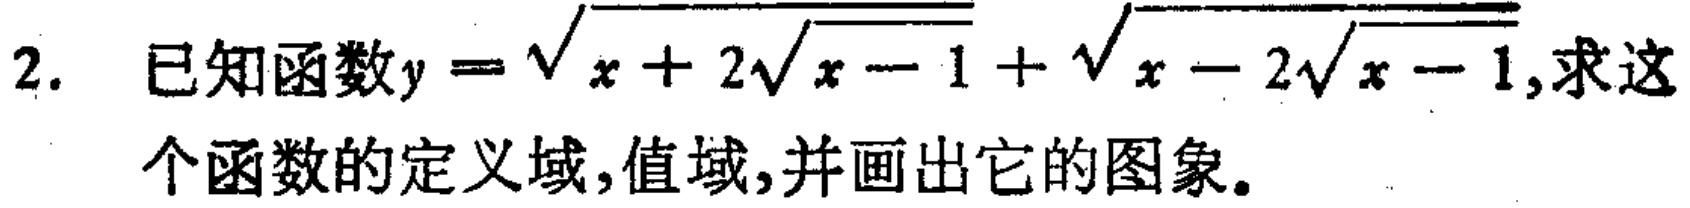
已知函数\(y = \sqrt{x + 2\sqrt{x - 1}}+\sqrt{x - 2\sqrt{x - 1}}\),求这个函数的定义域,值域,并画出它的图象。